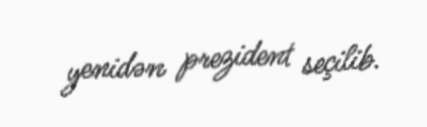
yenidən prezident seçilib.